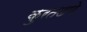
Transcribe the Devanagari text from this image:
कुरतडणे